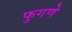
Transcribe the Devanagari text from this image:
फुगणे